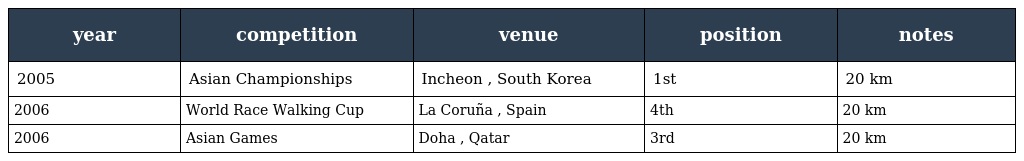
| year | competition | venue | position | notes |
 | --- | --- | --- | --- | --- |
 | 2005 | Asian Championships | Incheon , South Korea | 1st | 20 km |
 | 2006 | World Race Walking Cup | La Coruña , Spain | 4th | 20 km |
 | 2006 | Asian Games | Doha , Qatar | 3rd | 20 km |